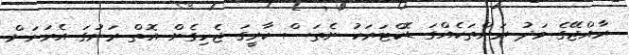
ރާއްޖޭގެ މަދު ރަށްތަކެއްގަ ޑޮކްޓަރަކު ނެތަސް ކާރީގަ ޖެހިގެން އޮތް ރަށުގަ އެރަށަށް